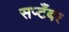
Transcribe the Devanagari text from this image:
सप्टँबर